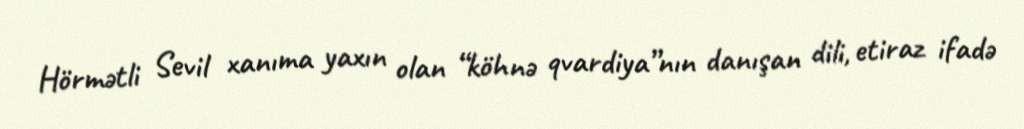
Hörmətli Sevil xanıma yaxın olan “köhnə qvardiya”nın danışan dili, etiraz ifadə